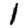
Digit: 1